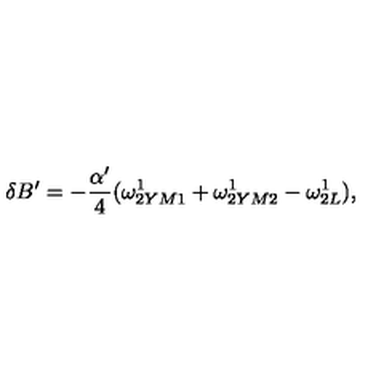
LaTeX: \delta B ^ { \prime } = - { \frac { \alpha ^ { \prime } } { 4 } } ( \omega _ { 2 Y M 1 } ^ { 1 } + \omega _ { 2 Y M 2 } ^ { 1 } - \omega _ { 2 L } ^ { 1 } ) ,